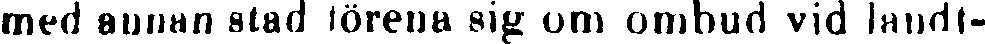
med annan stad förena sig om ombud vid landt-